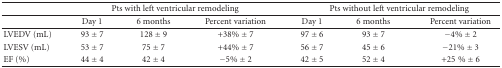
|  | <COLSPAN=3> Pts with left ventricular remodeling | <COLSPAN=3> Pts without left ventricular remodeling |
 | --- | --- | --- | --- | --- | --- | --- |
 |  | Day 1 | 6 months | Percent variation | Day 1 | 6 months | Percent variation |
 | LVEDV (mL) | 93 ± 7 | 128 ± 9 | +38% ± 7 | 97 ± 6 | 93 ± 7 | −4% ± 2 |
 | LVESV (mL) | 53 ± 7 | 75 ± 7 | +44% ± 7 | 56 ± 7 | 45 ± 6 | −21% ± 3 |
 | EF (%) | 44 ± 4 | 42 ± 4 | −5% ± 2 | 42 ± 5 | 52 ± 4 | +25% ± 6 |